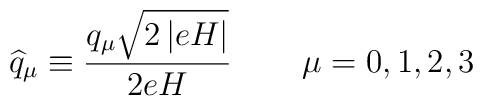
\widehat{q}_{\mu }\equiv \frac{q_{\mu }\sqrt{2\left| eH\right| }}{2eH}\,\qquad \mu =0,1,2,3